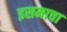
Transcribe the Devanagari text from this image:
इसमाचा